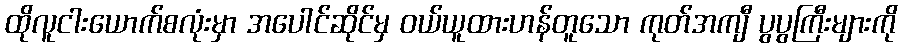
ထိုလူငါးယောက်စလုံးမှာ အပေါင်ဆိုင်မှ ဝယ်ယူထားဟန်တူသော ကုတ်အကျီ ပွပွကြီးများကို